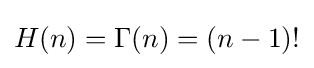
H(n)=\Gamma (n)=(n-1)!